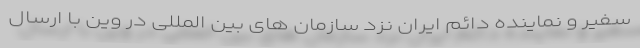
سفیر و نماینده دائم ایران نزد سازمان های بین المللی در وین با ارسال